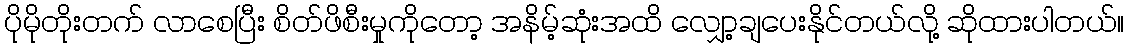
ပိုမိုတိုးတက် လာစေပြီး စိတ်ဖိစီးမှုကိုတော့ အနိမ့်ဆုံးအထိ လျှော့ချပေးနိုင်တယ်လို့ ဆိုထားပါတယ်။